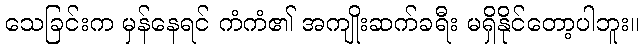
သေခြင်းက မှန်နေရင် ကံကံ၏ အကျိုးဆက်ခရီး မရှိနိုင်တော့ပါဘူး။